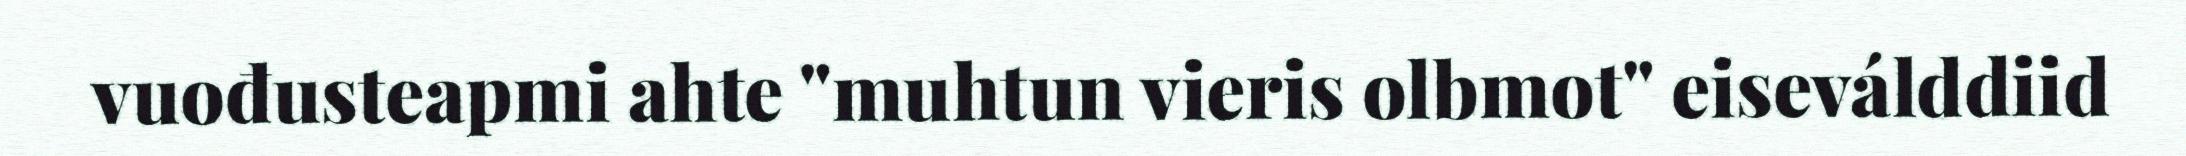
vuođusteapmi ahte "muhtun vieris olbmot" eiseválddiid